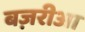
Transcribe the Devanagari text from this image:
बज़रीआ